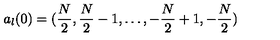
a _ { l } ( 0 ) = ( { \frac { N } { 2 } } , { \frac { N } { 2 } } - 1 , \dots , - { \frac { N } { 2 } } + 1 , - { \frac { N } { 2 } } )